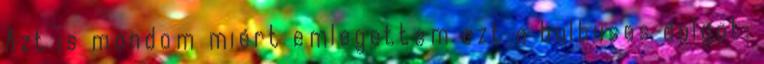
Azt is mondom miért emlegettem ezt a bulbusos dolgot: